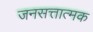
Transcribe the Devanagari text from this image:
जनसत्तात्मक